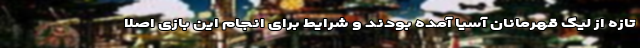
تازه از لیگ قهرمانان آسیا آمده بودند و شرایط برای انجام این بازی اصلاً